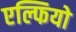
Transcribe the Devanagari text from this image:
एल्फियो